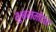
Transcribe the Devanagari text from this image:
भुबनमोहन